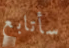
سأتابع